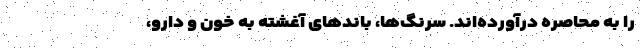
را به محاصره‌ درآورده‌اند. سرنگ‌ها، باندهای آغشته به خون و دارو،